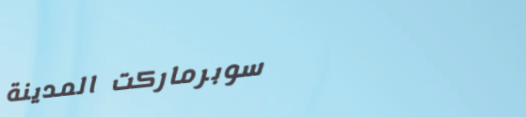
سوبرماركت المدينة